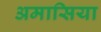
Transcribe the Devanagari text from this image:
अमासिया